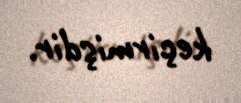
keçirmişdir.